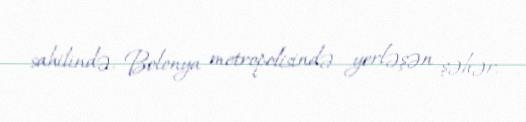
sahilində, Bolonya metropolisində yerləşən şəhər.